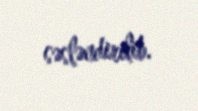
səsləndirilib.